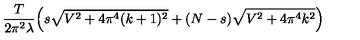
\frac { T } { 2 \pi ^ { 2 } \lambda } \Big ( s \sqrt { V ^ { 2 } + 4 \pi ^ { 4 } ( k + 1 ) ^ { 2 } } + ( N - s ) \sqrt { V ^ { 2 } + 4 \pi ^ { 4 } k ^ { 2 } } \Big )